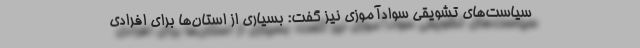
سیاست‌های تشویقی سوادآموزی نیز گفت: بسیاری از استان‌ها برای افرادی